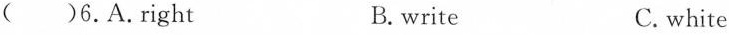
( )6.A.right B.write C. white